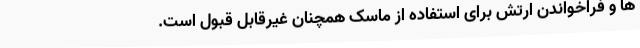
ها و فراخواندن ارتش برای استفاده از ماسک همچنان غیرقابل قبول است.